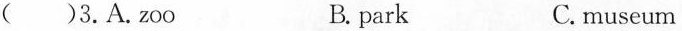
( )3.A.zoo B. park C.museum